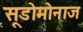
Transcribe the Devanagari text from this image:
सूडोमोनाज